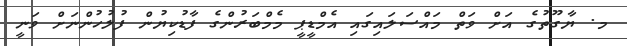
މ. ޔާގޫތުގެ އަށް ވަތް މައްސަލައިގައި އެމްޑީޕީ މެމްބަރުންގެ ފާޑުކިޔުން ފުލުހުންނަށް ވަނީ